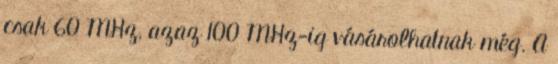
csak 60 MHz, azaz 100 MHz-ig vásárolhatnak még. A